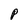
Character: P